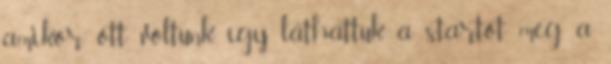
amikor ott voltunk, így láthattuk a startot meg a